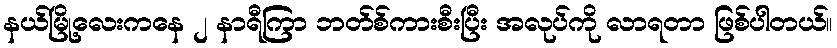
နယ်မြို့လေးကနေ ၂ နာရီကြာ ဘတ်စ်ကားစီးပြီး အလုပ်ကို လာရတာ ဖြစ်ပါတယ်။